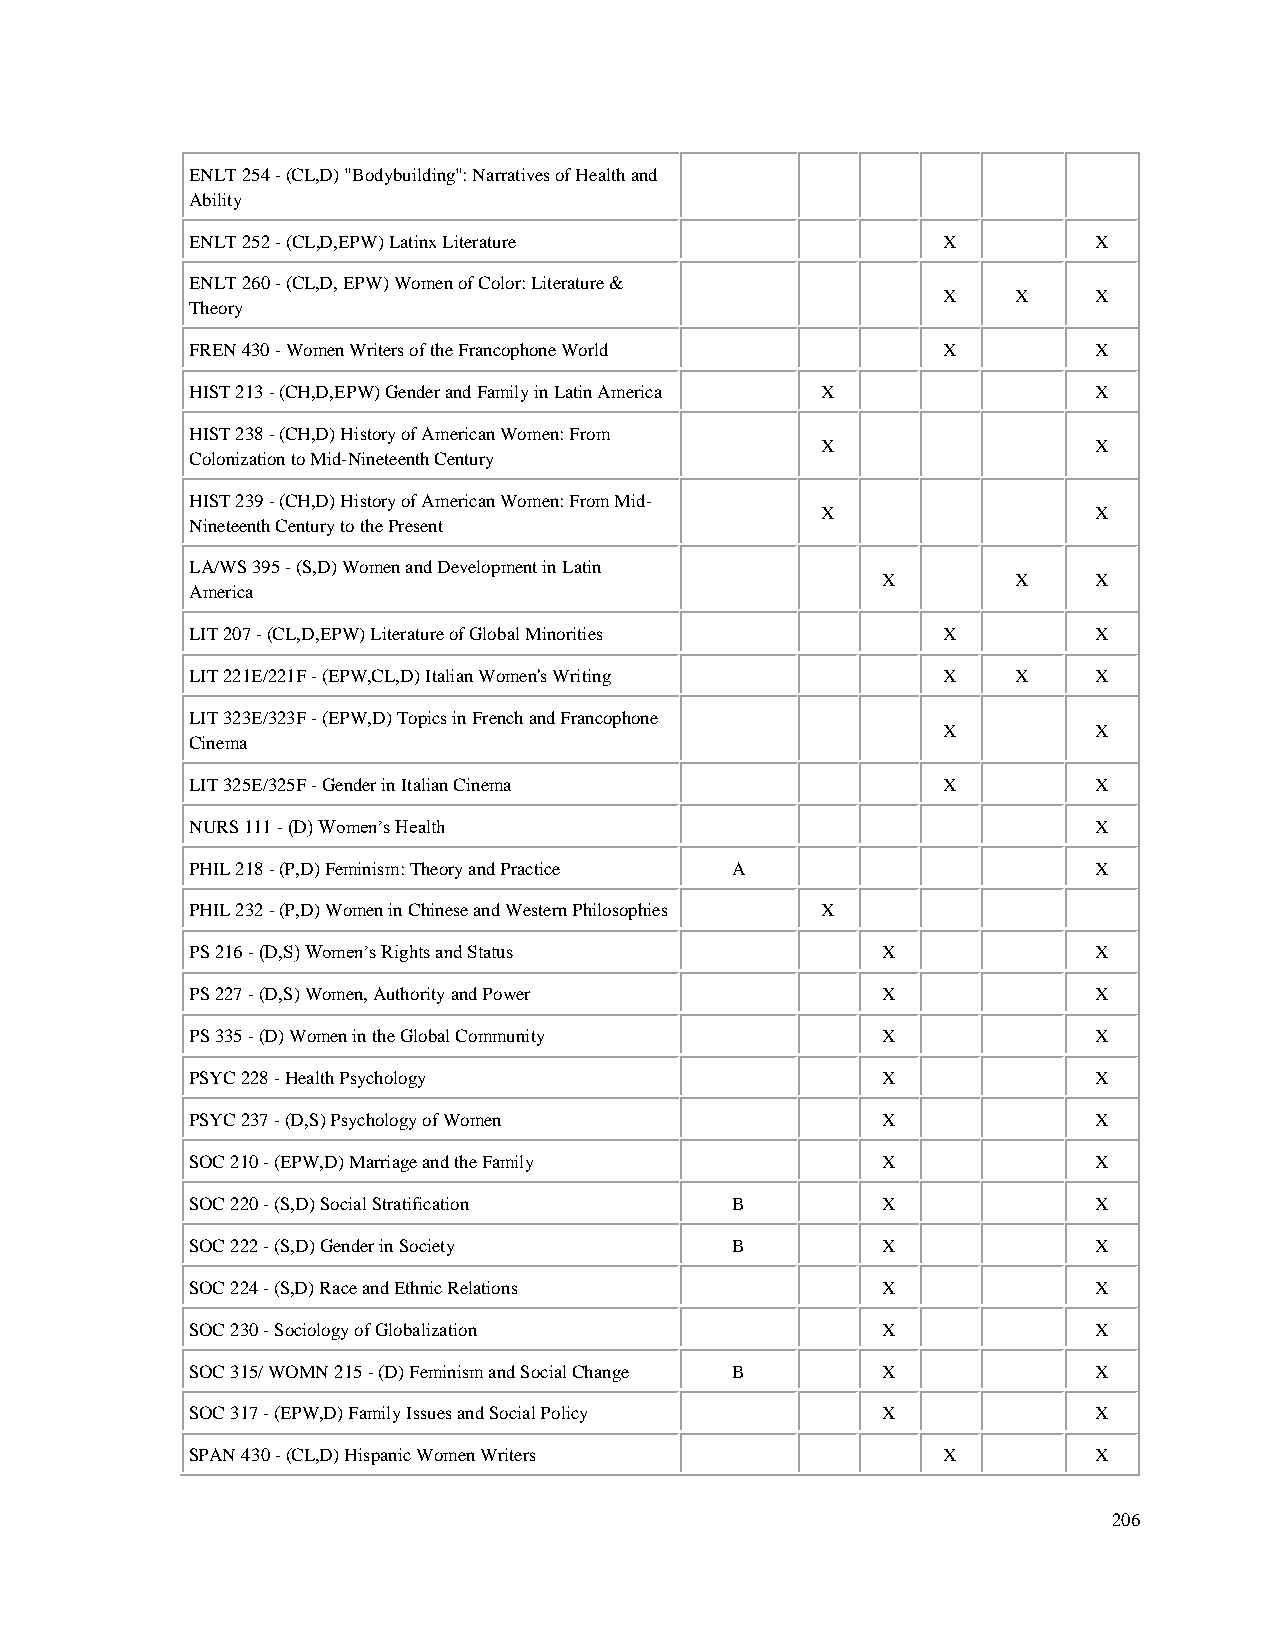
ENLT 254 - (CL,D) "Bodybuilding": Narratives of Health and
 Ability
 ENLT 252 - (CL,D,EPW) Latinx Literature          X         X
 ENLT 260 - (CL,D, EPW) Women of Color: Literature &
 X    X    X
 Theory
 FREN 430 - Women Writers of the Francophone World X        X
 HIST 213 - (CH,D,EPW) Gender and Family in Latin America X X
 HIST 238 - (CH,D) History of American Women: From
 X                 X
 Colonization to Mid-Nineteenth Century
 HIST 239 - (CH,D) History of American Women: From Mid-
 X                 X
 Nineteenth Century to the Present
 LA/WS 395 - (S,D) Women and Development in Latin
 X        X    X
 America
 LIT 207 - (CL,D,EPW) Literature of Global Minorities X     X
 LIT 221E/221F - (EPW,CL,D) Italian Women's Writing X  X    X
 LIT 323E/323F - (EPW,D) Topics in French and Francophone
 X         X
 Cinema
 LIT 325E/325F - Gender in Italian Cinema         X         X
 NURS 111 - (D) Women’s Health                              X
 PHIL 218 - (P,D) Feminism: Theory and Practice A           X
 PHIL 232 - (P,D) Women in Chinese and Western Philosophies X
 PS 216 - (D,S) Women’s Rights and Status     X             X
 PS 227 - (D,S) Women, Authority and Power    X             X
 PS 335 - (D) Women in the Global Community   X             X
 PSYC 228 - Health Psychology                 X             X
 PSYC 237 - (D,S) Psychology of Women         X             X
 SOC 210 - (EPW,D) Marriage and the Family    X             X
 SOC 220 - (S,D) Social Stratification B      X             X
 SOC 222 - (S,D) Gender in Society  B         X             X
 SOC 224 - (S,D) Race and Ethnic Relations    X             X
 SOC 230 - Sociology of Globalization         X             X
 SOC 315/ WOMN 215 - (D) Feminism and Social Change B X     X
 SOC 317 - (EPW,D) Family Issues and Social Policy X        X
 SPAN 430 - (CL,D) Hispanic Women Writers         X         X
 206